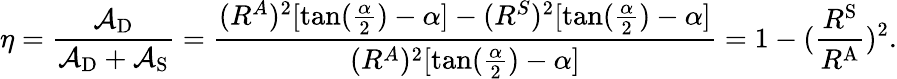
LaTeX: \eta=\frac{\mathcal{A}_{\mathrm{D}}}{\mathcal{A}_{\mathrm{D}}+\mathcal{A}_{\mathrm{S}}}=\frac{(R^{A})^{2}[\mathrm{tan}(\frac{\alpha}{2})-\alpha]-(R^{S})^{2}[\mathrm{tan}(\frac{\alpha}{2})-\alpha]}{(R^{A})^{2}[\mathrm{tan}(\frac{\alpha}{2})-\alpha]}=1-(\frac{R^{\mathrm{S}}}{R^{\mathrm{A}}})^{2}.